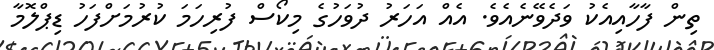
ތިން ފާހާއިއެކު ވަދެވޭނެއެވެ. އެއް އަހަރު ދުވަހުގެ މިކޯސް ފުރިހަމަ ކުރުމަށްފަހު ޑިޕްލޮމާ